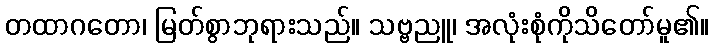
တထာဂတော၊ မြတ်စွာဘုရားသည်။ သဗ္ဗညူ၊ အလုံးစုံကိုသိတော်မူ၏။